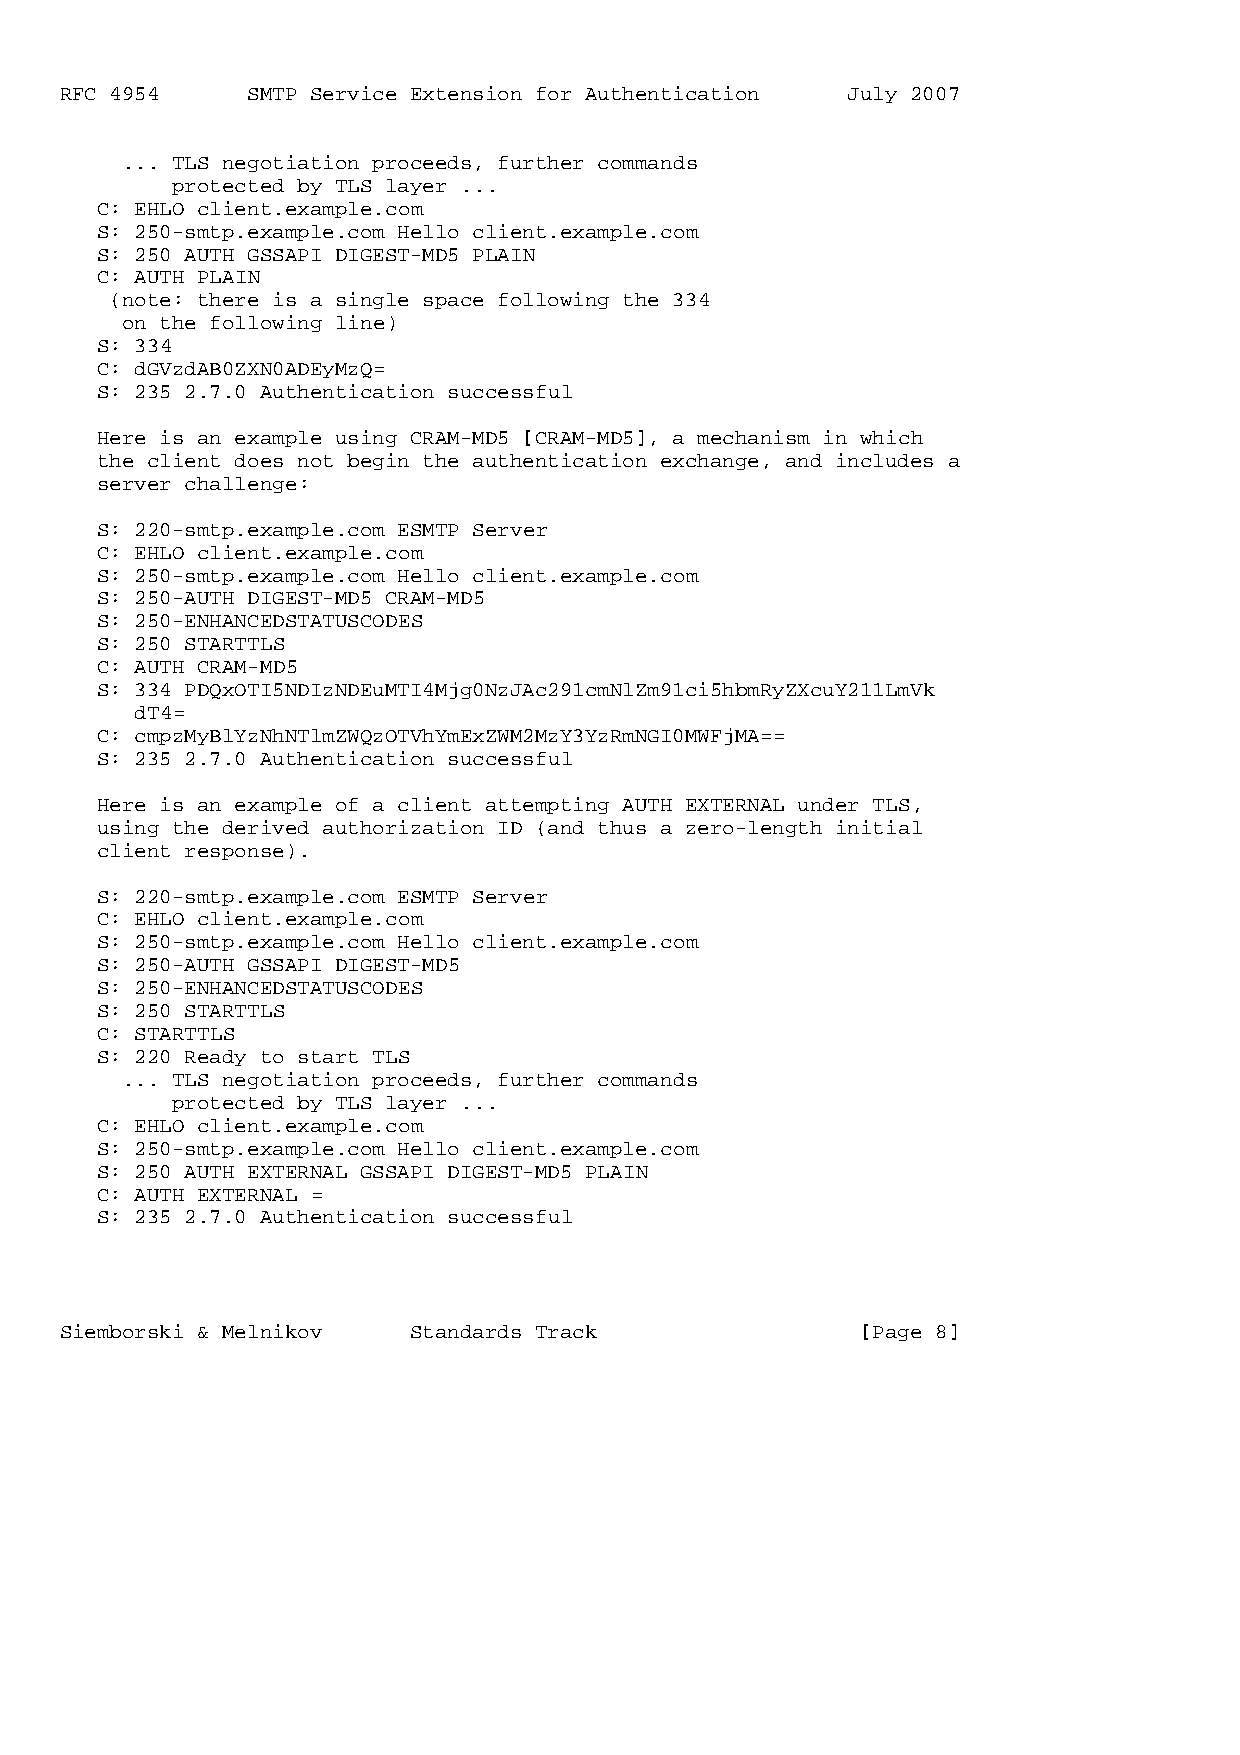
RFC 4954    SMTP Service Extension for Authentication July 2007
 ... TLS negotiation proceeds, further commands
 protected by TLS layer ...
 C: EHLO client.example.com
 S: 250-smtp.example.com Hello client.example.com
 S: 250 AUTH GSSAPI DIGEST-MD5 PLAIN
 C: AUTH PLAIN
 (note: there is a single space following the 334
 on the following line)
 S: 334
 C: dGVzdAB0ZXN0ADEyMzQ=
 S: 235 2.7.0 Authentication successful
 Here is an example using CRAM-MD5 [CRAM-MD5], a mechanism in which
 the client does not begin the authentication exchange, and includes a
 server challenge:
 S: 220-smtp.example.com ESMTP Server
 C: EHLO client.example.com
 S: 250-smtp.example.com Hello client.example.com
 S: 250-AUTH DIGEST-MD5 CRAM-MD5
 S: 250-ENHANCEDSTATUSCODES
 S: 250 STARTTLS
 C: AUTH CRAM-MD5
 S: 334 PDQxOTI5NDIzNDEuMTI4Mjg0NzJAc291cmNlZm91ci5hbmRyZXcuY211LmVk
 dT4=
 C: cmpzMyBlYzNhNTlmZWQzOTVhYmExZWM2MzY3YzRmNGI0MWFjMA==
 S: 235 2.7.0 Authentication successful
 Here is an example of a client attempting AUTH EXTERNAL under TLS,
 using the derived authorization ID (and thus a zero-length initial
 client response).
 S: 220-smtp.example.com ESMTP Server
 C: EHLO client.example.com
 S: 250-smtp.example.com Hello client.example.com
 S: 250-AUTH GSSAPI DIGEST-MD5
 S: 250-ENHANCEDSTATUSCODES
 S: 250 STARTTLS
 C: STARTTLS
 S: 220 Ready to start TLS
 ... TLS negotiation proceeds, further commands
 protected by TLS layer ...
 C: EHLO client.example.com
 S: 250-smtp.example.com Hello client.example.com
 S: 250 AUTH EXTERNAL GSSAPI DIGEST-MD5 PLAIN
 C: AUTH EXTERNAL =
 S: 235 2.7.0 Authentication successful
 Siemborski & Melnikov  Standards Track               [Page 8]